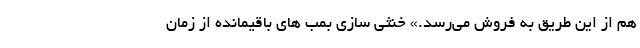
هم از این طریق به فروش می‌رسد.» خنثی سازی بمب های باقیمانده از زمان